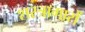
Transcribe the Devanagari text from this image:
शस्त्रागारों